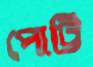
পোট্টি